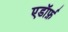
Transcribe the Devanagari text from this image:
एडॉर्फ़